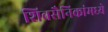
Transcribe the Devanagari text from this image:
शिवसैनिकांमध्ये